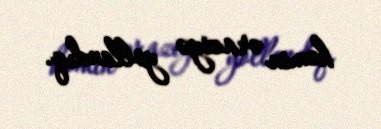
həmin əraziyə yollandıq.